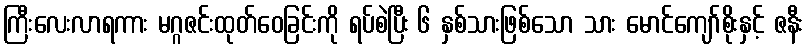
ကြီးလေးလာရကား မဂ္ဂဇင်းထုတ်ဝေခြင်းကို ရပ်စဲပြီး ၆ နှစ်သားဖြစ်သော သား မောင်ကျော်စိုးနှင့် ဇနီး